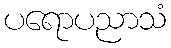
ပရောပညာသံ